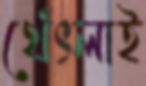
থেঁৎলাই